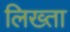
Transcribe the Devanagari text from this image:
लिख्ता